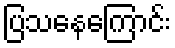
ပြသနေကြောင်း